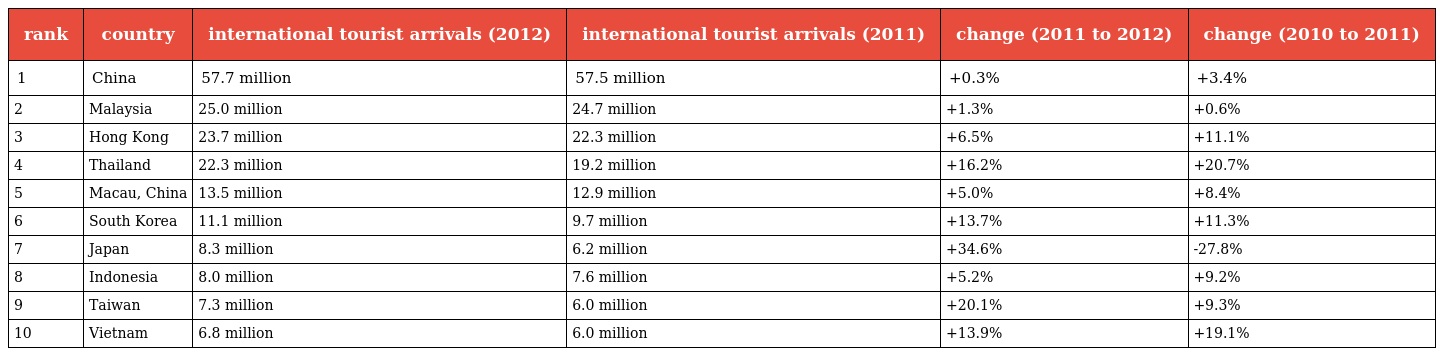
| rank | country | international tourist arrivals (2012) | international tourist arrivals (2011) | change (2011 to 2012) | change (2010 to 2011) |
 | --- | --- | --- | --- | --- | --- |
 | 1 | China | 57.7 million | 57.5 million | +0.3% | +3.4% |
 | 2 | Malaysia | 25.0 million | 24.7 million | +1.3% | +0.6% |
 | 3 | Hong Kong | 23.7 million | 22.3 million | +6.5% | +11.1% |
 | 4 | Thailand | 22.3 million | 19.2 million | +16.2% | +20.7% |
 | 5 | Macau, China | 13.5 million | 12.9 million | +5.0% | +8.4% |
 | 6 | South Korea | 11.1 million | 9.7 million | +13.7% | +11.3% |
 | 7 | Japan | 8.3 million | 6.2 million | +34.6% | -27.8% |
 | 8 | Indonesia | 8.0 million | 7.6 million | +5.2% | +9.2% |
 | 9 | Taiwan | 7.3 million | 6.0 million | +20.1% | +9.3% |
 | 10 | Vietnam | 6.8 million | 6.0 million | +13.9% | +19.1% |